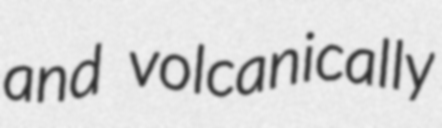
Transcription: and volcanically